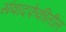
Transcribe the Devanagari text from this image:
संवादफेकीतील